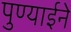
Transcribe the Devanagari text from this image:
पुण्याईने